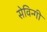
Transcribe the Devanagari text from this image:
सेविन्गी